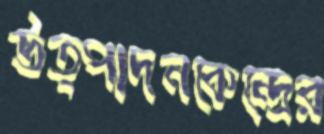
উত্পাদনকেন্দ্রের